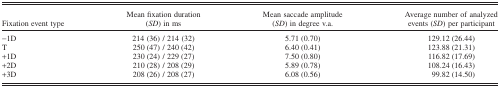
<table><thead><tr><td><b>Fixation event type</b></td><td><b>Mean fixation duration (<i>SD</i>) in ms</b></td><td><b>Mean saccade amplitude (<i>SD</i>) in degree v.a.</b></td><td><b>Average number of analyzed events (<i>SD</i>) per participant</b></td></tr></thead><tbody><tr><td>−1D</td><td>214 (36) / 214 (32)</td><td>5.71 (0.70)</td><td>129.12 (26.44)</td></tr><tr><td>T</td><td>250 (47) / 240 (42)</td><td>6.40 (0.41)</td><td>123.88 (21.31)</td></tr><tr><td>+1D</td><td>230 (24) / 229 (27)</td><td>7.50 (0.80)</td><td>116.82 (17.69)</td></tr><tr><td>+2D</td><td>210 (28) / 208 (29)</td><td>5.89 (0.78)</td><td>108.24 (16.43)</td></tr><tr><td>+3D</td><td>208 (26) / 208 (27)</td><td>6.08 (0.56)</td><td>99.82 (14.50)</td></tr></tbody></table>